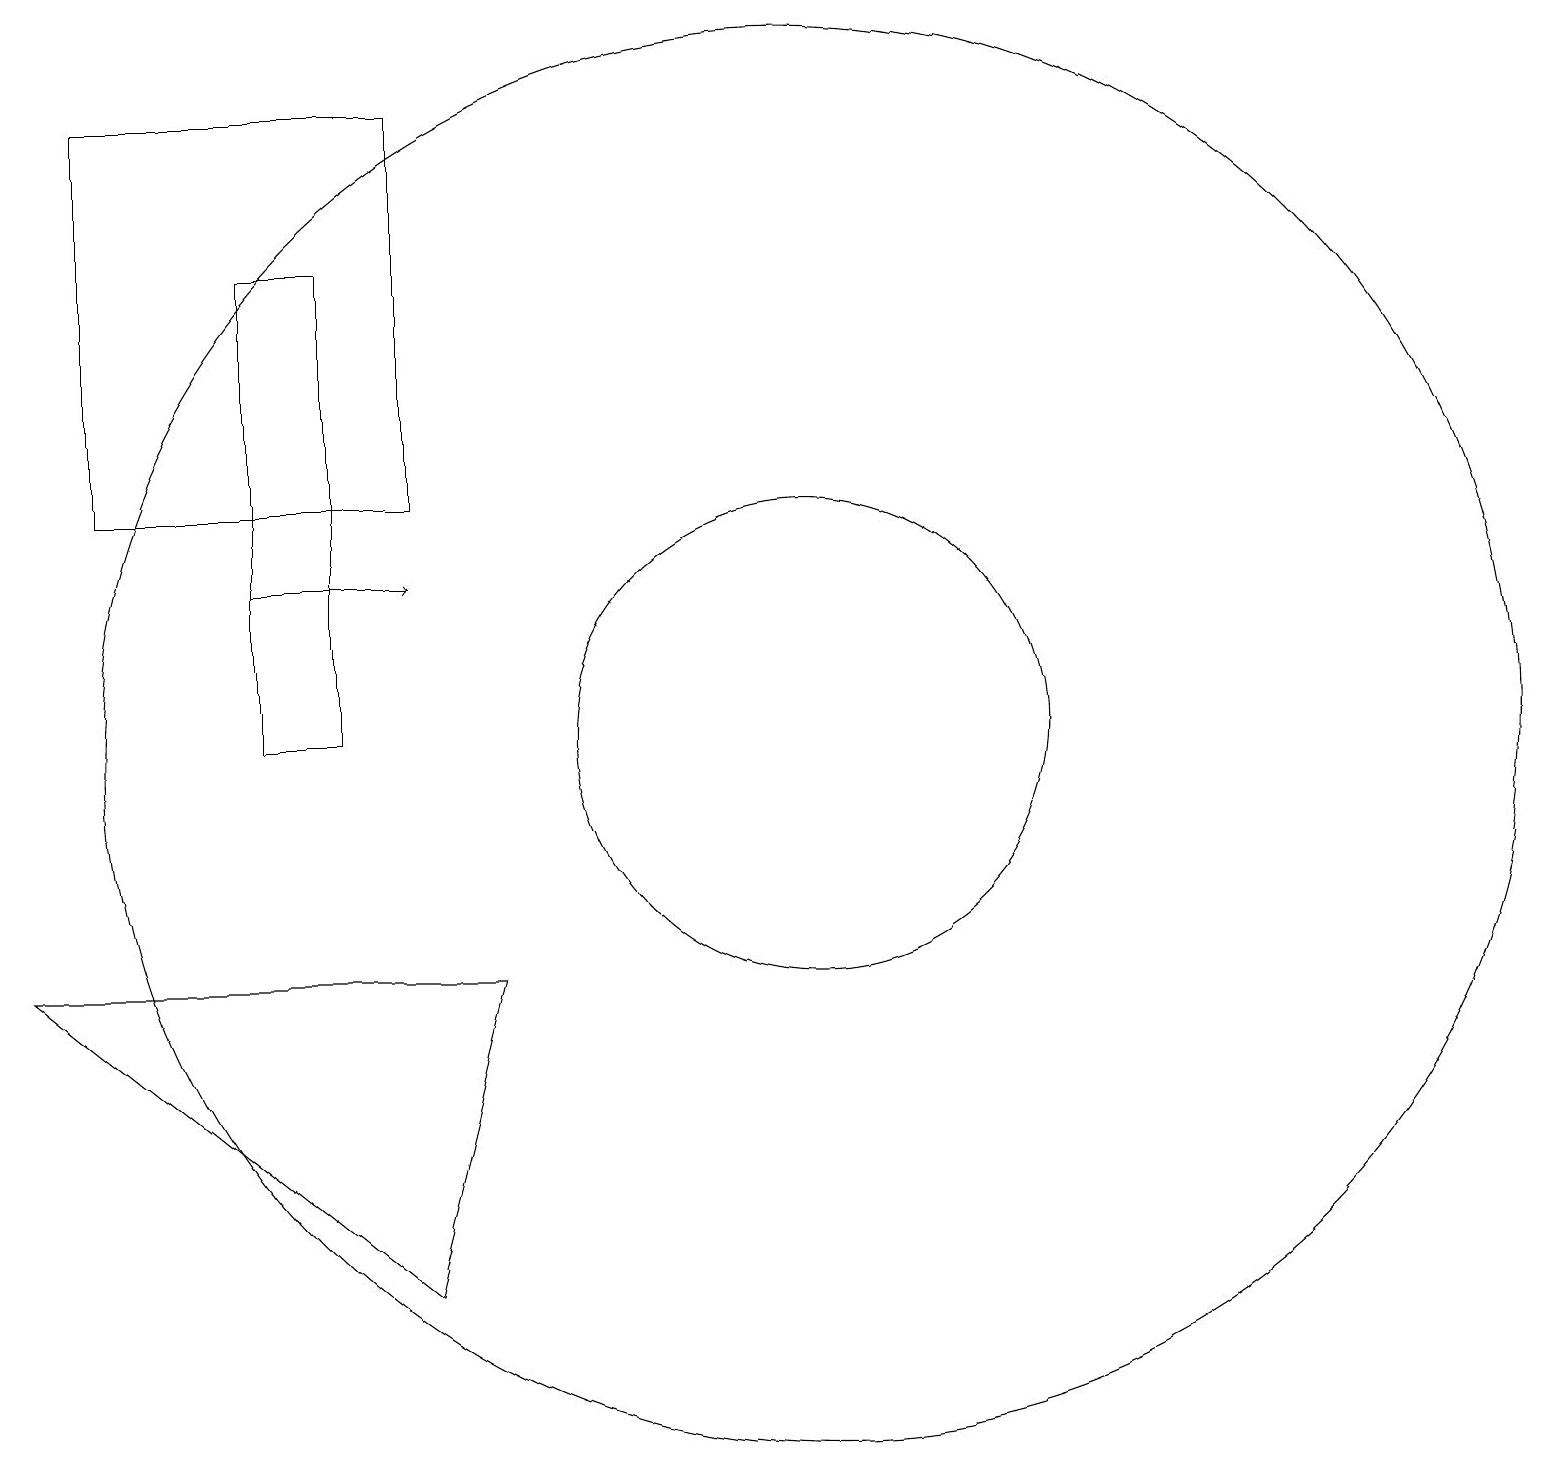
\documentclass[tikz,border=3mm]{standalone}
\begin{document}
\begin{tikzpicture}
\draw[->] (3,12) -- (5,12);
\draw (4,16) rectangle (3,10);
\draw (10,10) circle (9);
\draw (10,10) circle (3);
\draw (5,3) -- (0,7) -- (6,7) -- cycle;
\draw (1,18) rectangle (5,13);
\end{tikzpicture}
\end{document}